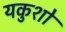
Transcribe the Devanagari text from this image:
यकुशो